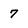
Character: 7